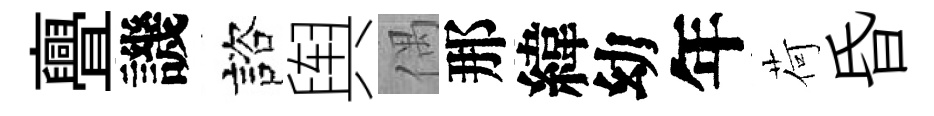
亹譏諮舆偶那緯幼年荷昏